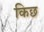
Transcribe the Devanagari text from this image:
किछ